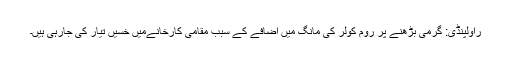
راولپنڈی: گرمی بڑھنے پر روم کولر کی مانگ میں اضافے کے سبب مقامی کارخانےمیں خسیں تیار کی جارہی ہیں۔